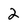
Character: 2